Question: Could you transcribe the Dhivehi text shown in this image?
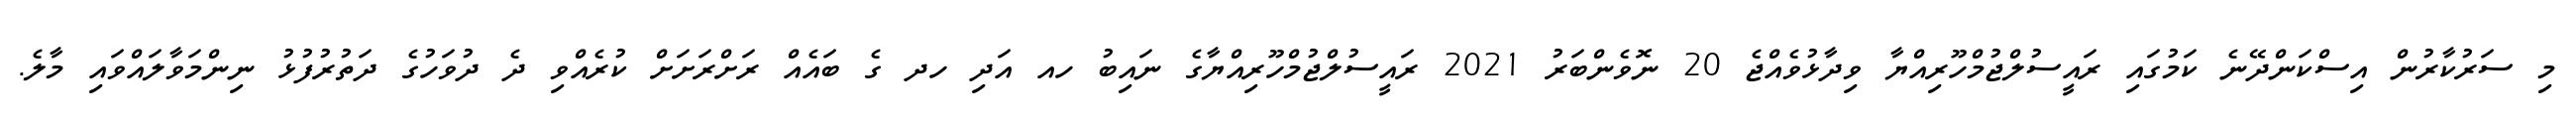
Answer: މި ސަރުކާރުން އިސްކަންދޭނެ ކަމުގައި ރައީސުލްޖުމްހޫރިއްޔާ ވިދާޅުވެއްޖެ 20 ނޮވެންބަރު 2021 ރައީސުލްޖުމްހޫރިއްޔާގެ ނައިބު ހއ އަދި ހދ ގެ ބައެއް ރަށްރަށަށް ކުރެއްވި ދެ ދުވަހުގެ ދަތުރުފުޅު ނިންމަވާލައްވައި މާލެ.